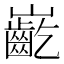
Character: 𪩟